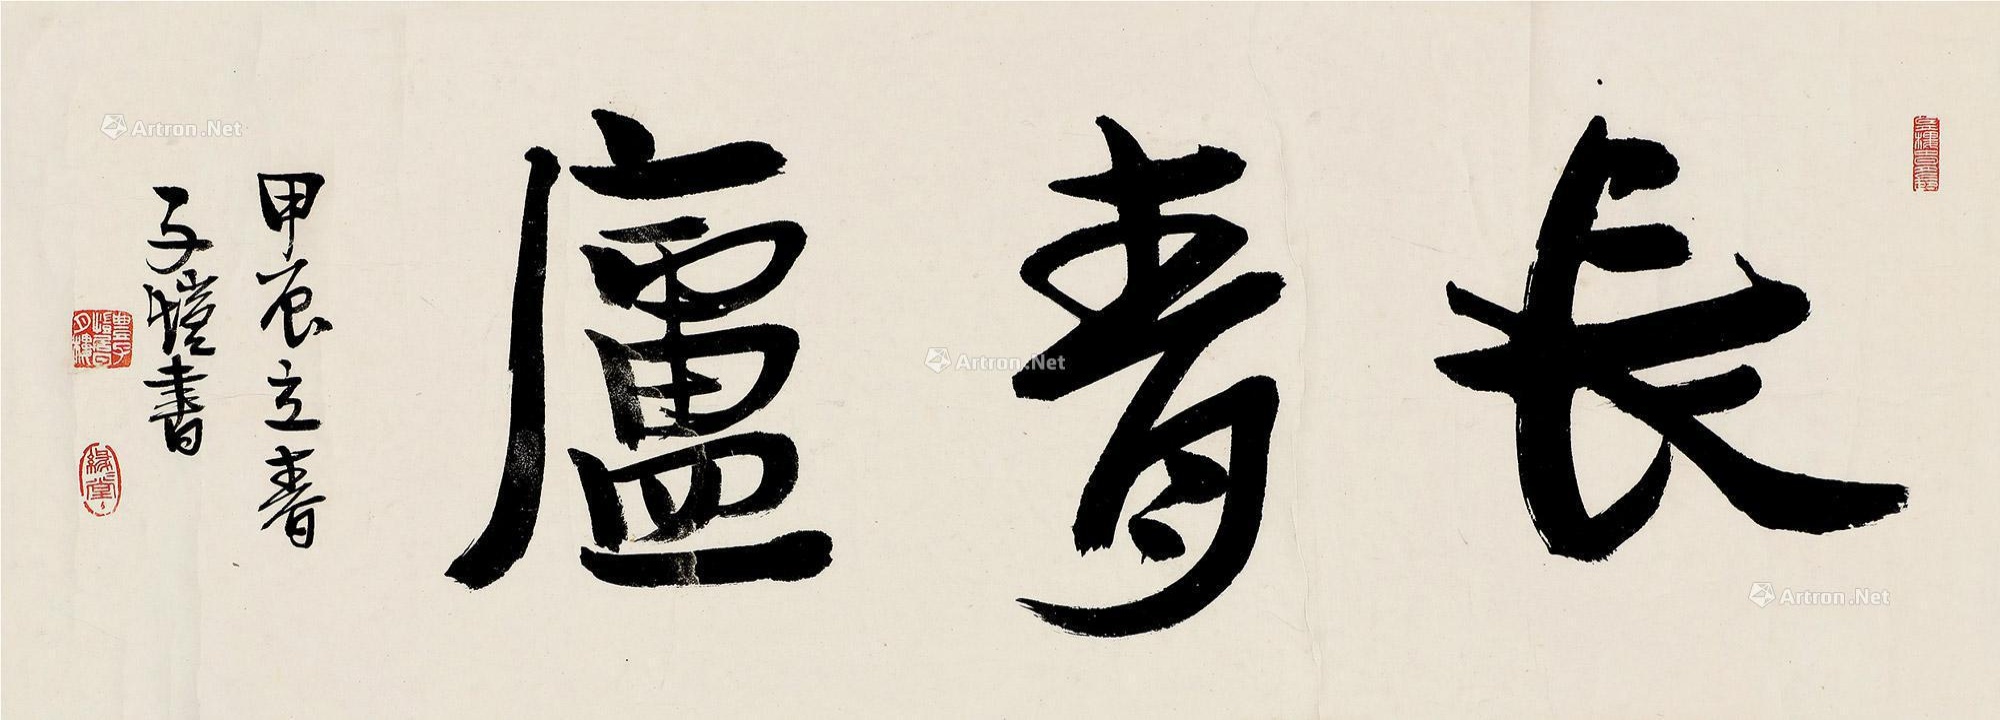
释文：长青庐甲辰立春子恺书。